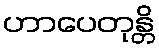
ဟာပေတုန္တိ